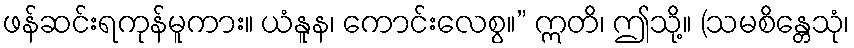
ဖန်ဆင်းရကုန်မူကား။ ယံနူန၊ ကောင်းလေစွ။” ဣတိ၊ ဤသို့။ (သမစိန္တေသုံ၊